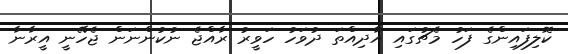
ކޮލިފައިންގެ ފަހު މެޗުގައި އާދިއްތަ ދުވަހު ހަވީރު ރާއްޖެ ނުކުންނަން ޖެހޭނީ އީރާނާ